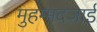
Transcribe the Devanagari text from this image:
मुहम्मदज़ाई